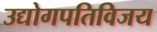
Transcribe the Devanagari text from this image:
उद्योगपतिविजय